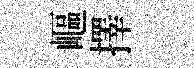
嶇擇